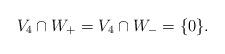
LaTeX: \begin{align*}V_4\cap W_+=V_4\cap W_-=\{0\}.\end{align*}